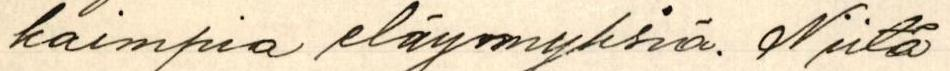
kaimpia eläymyksiä. Niitä